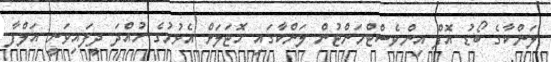
ލަންކާގެ ބޯޑު އޮފް އިންވެސްޓްމަންޓުން ލަންކާގައި ހޮޓަލަށް އެޅުމުގެ ހުއްދަ ދީފައިވަނީ އަލްފާ